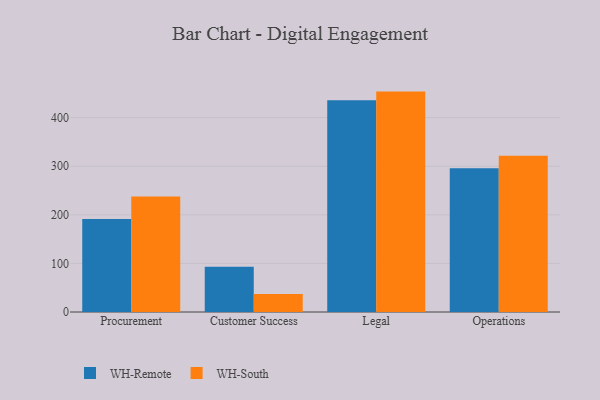
{"axis": {"x": "Department", "y": "Market Share (%)"}, "legend": ["WH-Remote", "WH-South"], "data": [{"x": "Procurement", "y": 191.2, "type": "WH-Remote"}, {"x": "Procurement", "y": 237.4, "type": "WH-South"}, {"x": "Customer Success", "y": 93.2, "type": "WH-Remote"}, {"x": "Customer Success", "y": 36.8, "type": "WH-South"}, {"x": "Legal", "y": 435.7, "type": "WH-Remote"}, {"x": "Legal", "y": 453.5, "type": "WH-South"}, {"x": "Operations", "y": 295.7, "type": "WH-Remote"}, {"x": "Operations", "y": 321.5, "type": "WH-South"}]}